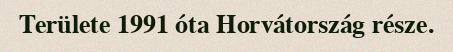
Területe 1991 óta Horvátország része.